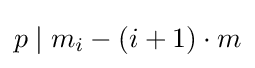
p\mid m_{i}-\left(i+1\right)\cdot m